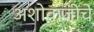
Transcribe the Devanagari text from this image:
अशोकजींचे